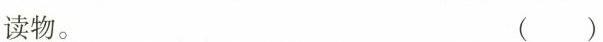
读物。 ( )